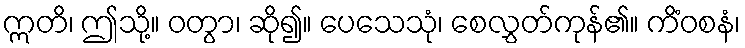
ဣတိ၊ ဤသို့။ ဝတွာ၊ ဆို၍။ ပေသေသုံ၊ စေလွှတ်ကုန်၏။ ကိံဝစနံ၊